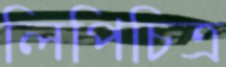
লিপিচিত্র